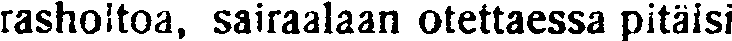
rasholtoa, sairaalaan otettaessa pitäisi